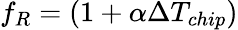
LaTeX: f_{R}=\left(1+\alpha\Delta T_{chip}\right)